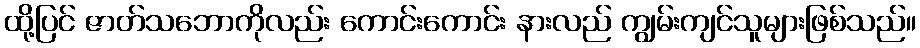
ထို့ပြင် ဇာတ်သဘောကိုလည်း ကောင်းကောင်း နားလည် ကျွမ်းကျင်သူများဖြစ်သည်။